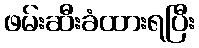
ဖမ်းဆီးခံထားရပြီး